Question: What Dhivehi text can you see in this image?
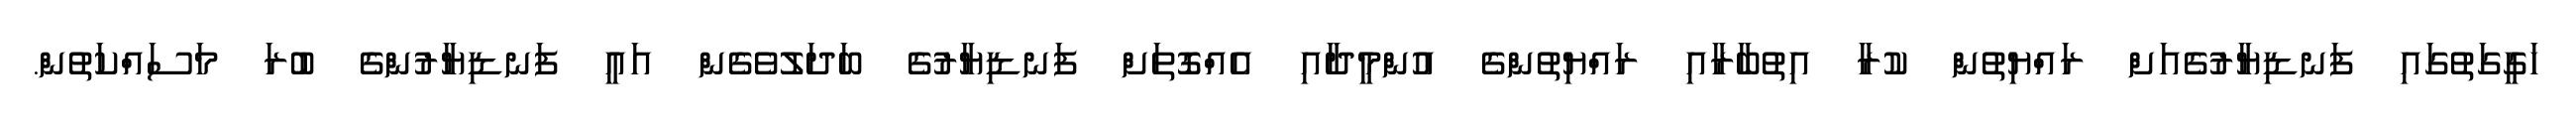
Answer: ހަގީގަތުގައި ފަނޑިޔާރުގެއަށް ރައްޔިތުން ކުރާ އިތުބާރާއި ރައްޔިތުންގެ އުންމީދާއި އެއްގޮތަށް ފަނޑިޔާރުގެ ބަދަލުވެގެން އައީ ފަނޑިޔާރުންގެ ބުރަ މަސައްކަތުން.